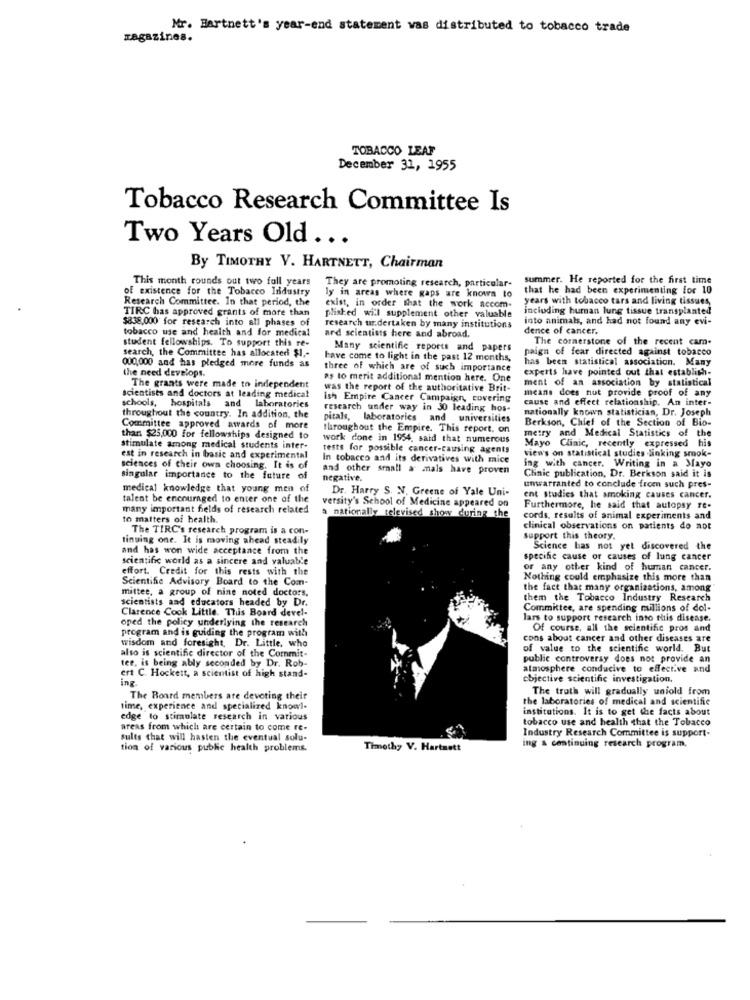
Mr. Hartnett's year-end statement was distributed to tobacco trade
magazines.
TOBACCO LEAF
December 31, 1955
Tobacco Research Committee Is
Two Years Old ...
By TIMOTHY V. HARTNETT, Chairman
This month rounds out two fall years
summer. He reported for the first time
of existence for the Tobacco Industry
They are promoting research, particular-
ly in areas where gaps are known to
that he had been experimenting for 10
Research Committee. In that period, the
years with tobacco tars and living tissues
TIRC has approved grants of more than
exist, in order that the work accom-
including human lung tissue transplanted
$838,000 for research into all phases of
plished will supplement other valuable
into animals, and had not found any evi-
tobacco use and health and for medical
research ur.dertaken by many institutions
ard scientists here and abroad.
dence of cancer.
student fellowships. To support this re-
The cornerstone of the recent cam-
search, the Committee has allocated $1 ,-
Many scientific reports and papers
paign of fear directed against tobacco
Have come to light in the past 12 months,
has been statistical association. Many
000,000 and has pledged more funds as
the need develops.
three of which are of such importance
experts have pointed out that establish-
as to merit additional mention here. One
ment of an association by statistical
scientists and doctors at leading medical
The grants were made to independent
was the report of the authoritative Brit-
means does not provide proof of any
schools, hospitals
Ish Empire Cancer Campaign, covering
cause and effect relationship, An inter-
laboratories
research under way in 30 leading hos-
nationally known statistician, Dr. Joseph
throughout the country. In addition, the
pitals, laboratories
and universities
Berkson, Chief of the Section of Bio-
Committee approved awards of more
throughout the Empire. This report, on
metry and Medical Statistics of the
than $25,000 for fellowships designed to
work done in 1954, said that numerous
Mayo Clinic, recently expressed his
stimulate among medical students inter-
tests for possible cancer-causing agents
views on statistical studies linking smok-
est in research in basic and experimental
In tobacco and its derivatives with mice
sciences of their own choosing. It is of
and other small a mals have proven
ing with cancer. Writing in a Mayo
Clinic publication, Dr. Berkson said it is
singular importance to the future of
negative.
unwarranted to conclude from such pres-
medical knowledge that young men of
Dr. Harry S. N. Greene of Yale Uni-
talent be encouraged to enter one of the
versity's School of Medicine appeared on
ent studies that smoking causes cancer.
many important fields of research related
a nationally televised show during the
Furthermore, he said that autopsy re-
to matters of health.
cords, results of animal experiments and
The TIRC's research program is a con-
clinical observations on patients do not
tinuing one. It is moving ahead steadily
support this theory.
and has won wide acceptance from the
Science has not yet discovered the
scientific world as a sincere and valuable
specific cause or causes of lung cancer
effort. Credit for this rests with the
or any other kind of human cancer.
Scientific Advisory Board to the Com-
Nothing could emphasize this more than
mittee, a group of nine noted doctors,
the fact that many organizations, among"
scientists and educators headed by Dr.
them the Tobacco Industry Research
Clarence Cook Little. This Board devel-
Committee, are spending millions of dol-
oped the policy underlying the research
lars to support research into this disease.
program and is guiding the program with
Of course, all the scientific pros and
wisdom and foresight, Dr. Little, who
cons about cancer and other diseases are
also is scientific director of the Commit-
of value to the scientific world. But
tee, is being ably seconded by Dr. Rob-
public controversy does not provide an
atmosphere conducive to effective and
ert C. Hockett, a scientist of high stand-
ing
objective scientific investigation.
The truth will gradually uniold from
The Board members are devoting their
the laboratories of medical and scientific
time, experience and specialized knowl-
institutions. It is to get the facts about
edge to stimulate research in various
tobacco use and health that the Tobacco
areas from which are certain to come re-
Industry Research Committee is support-
sults that will hasten the eventual solu-
ing & continuing research program.
tion of various public health problems.
Timothy V. Hartnett